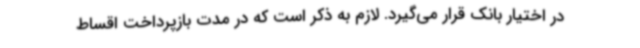
در اختیار بانک قرار می‌گیرد. لازم به ذکر است که در مدت بازپرداخت اقساط